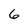
Character: 6